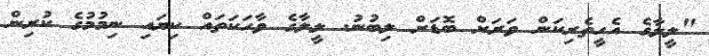
"ލީލާގެ އެހީތެރިކަން ވަރަށް ބޮޑަށް ލިބުނު. ލީލާގެ ވާހަކަތައް ކިޔައި ނިމުމުގެ ކުރިން